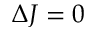
\Delta J = 0